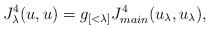
LaTeX: \begin{align*}J^4_{\lambda} (u,u) = g_{[<\lambda]} J^4_{main}(u_\lambda,u_\lambda),\end{align*}